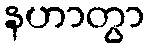
နဟာတွာ